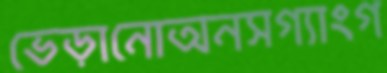
ভেড়ানোঅনসগ্যাংগ